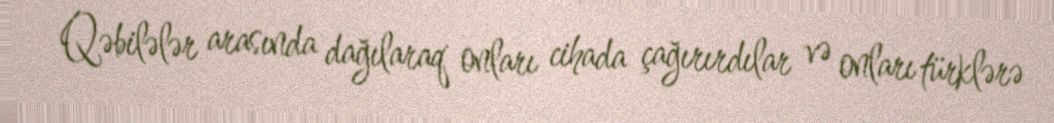
Qəbilələr arasında dağılaraq onları cihada çağırırdılar və onları türklərə